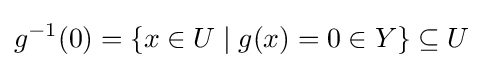
g^{-1}(0)=\{x\in U\mid g(x)=0\in Y\}\subseteq U